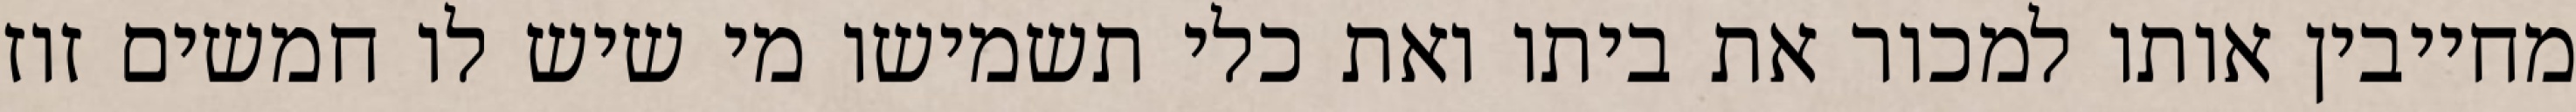
מחייבין אותו למכור את ביתו ואת כלי תשמישו מי שיש לו חמשים זוז